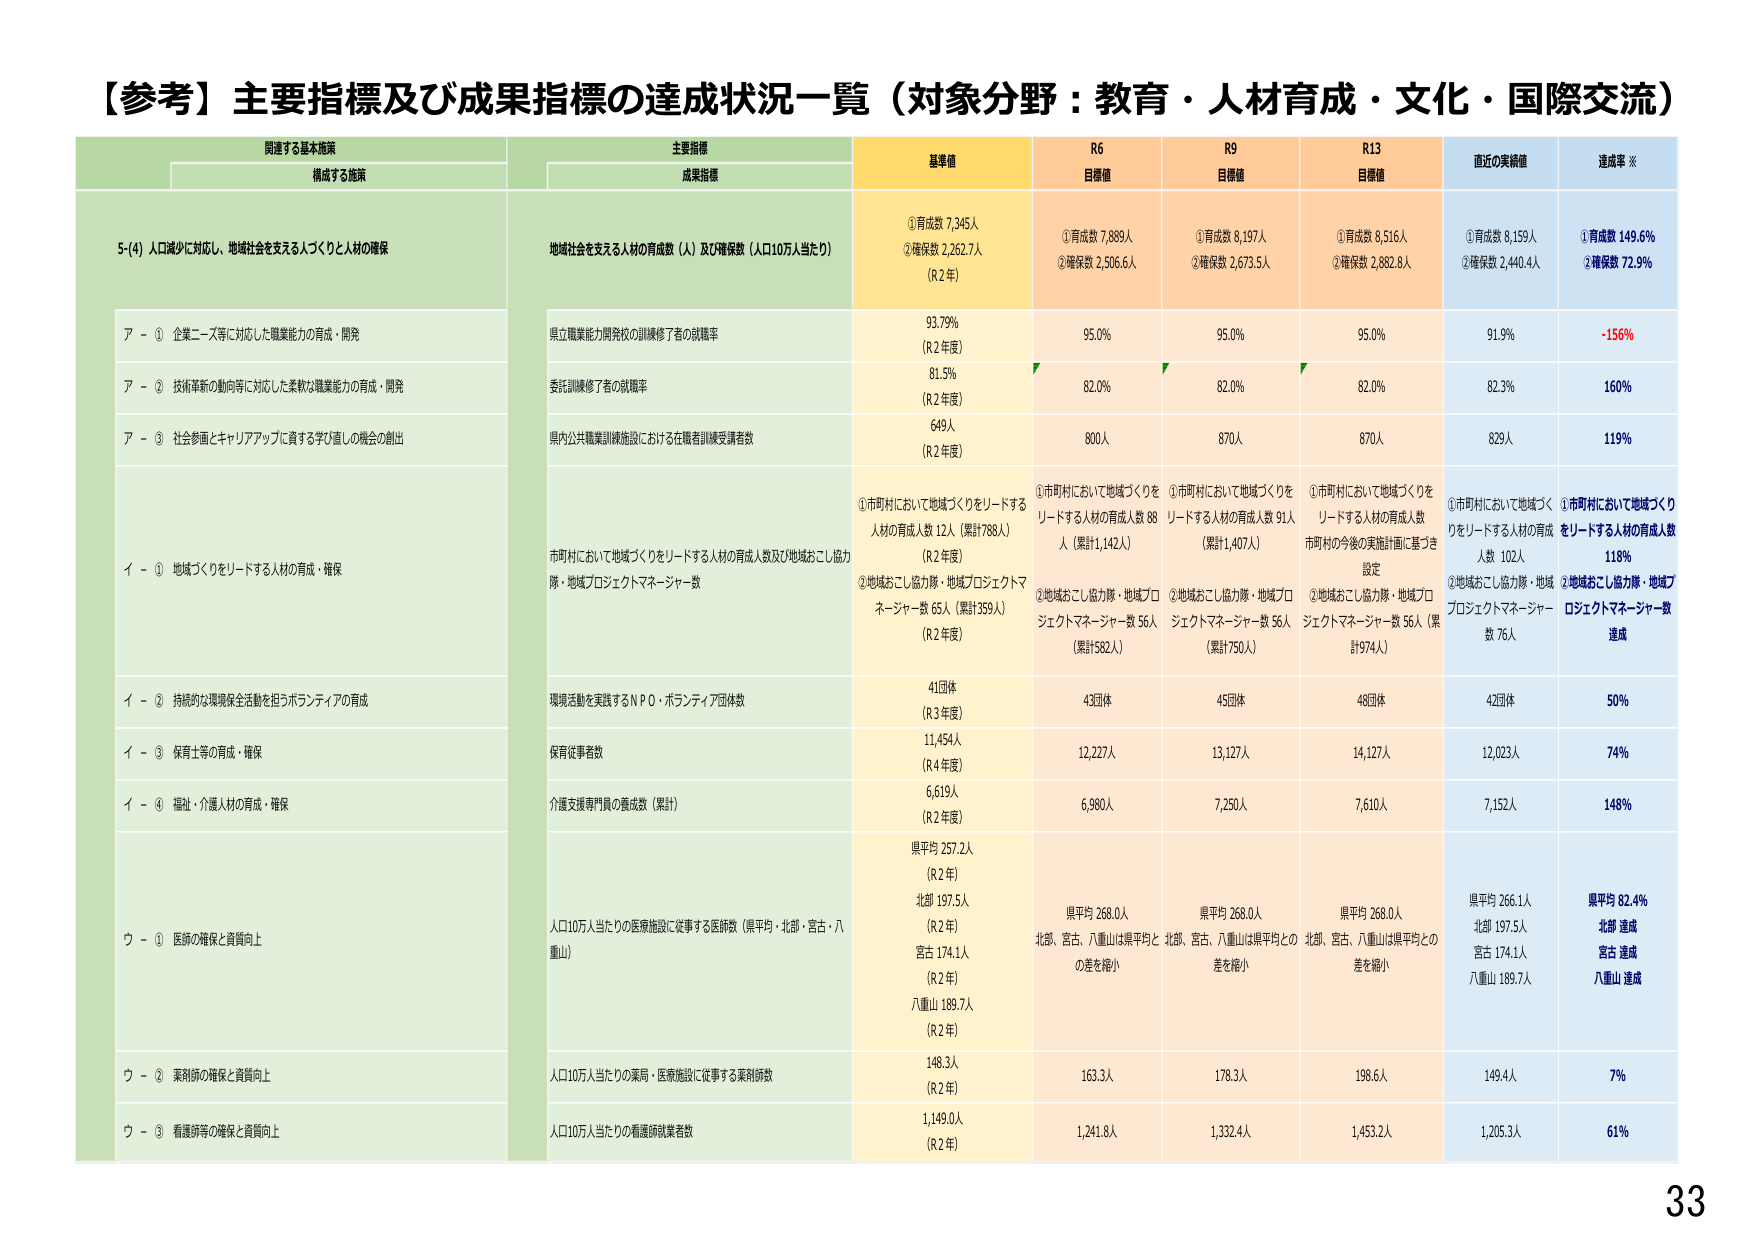
【参考】主要指標及び成果指標の達成状況一覧（対象分野：教育・人材育成・文化・国際交流）

関連する基本施策
構成する施策
主要指標
成果指標
基準値
R6
目標値
R9
目標値
R13
目標値
直近の実績値
達成率 ※

5-(4) 人口減少に対応し、地域社会を支える人づくりと人材の確保
地域社会を支える人材の育成数（人）及び確保数（人口10万人当たり）
①育成数 7,345人
②確保数 2,262.7人
（R2年）
①育成数 7,889人
②確保数 2,506.6人
①育成数 8,197人
②確保数 2,673.5人
①育成数 8,516人
②確保数 2,882.8人
①育成数 8,159人
②確保数 2,440.4人
①育成数 149.6%
②確保数 72.9%

ア - ① 企業ニーズ等に対応した職業能力の育成・開発
県立職業能力開発校の訓練修了者の就職率
93.79%
（R2年度）
95.0%
95.0%
95.0%
91.9%
-156%

ア - ② 技術革新の動向等に対応した柔軟な職業能力の育成・開発
委託訓練修了者の就職率
81.5%
（R2年度）
82.0%
82.0%
82.0%
82.3%
160%

ア - ③ 社会参画とキャリアアップに資する学び直しの機会の創出
県内公共職業訓練施設における在職者訓練受講者数
649人
（R2年度）
800人
870人
870人
829人
119%

イ - ① 地域づくりをリードする人材の育成・確保
市町村において地域づくりをリードする人材の育成人数及び地域おこし協力隊・地域プロジェクトマネージャー数
①市町村において地域づくりをリードする人材の育成人数 12人（累計788人）
（R2年度）
②地域おこし協力隊・地域プロジェクトマネージャー数 65人（累計359人）
（R2年度）
①市町村において地域づくりをリードする人材の育成人数 88人（累計1,142人）
②地域おこし協力隊・地域プロジェクトマネージャー数 56人（累計582人）
①市町村において地域づくりをリードする人材の育成人数 91人（累計1,407人）
②地域おこし協力隊・地域プロジェクトマネージャー数 56人（累計750人）
①市町村において地域づくりをリードする人材の育成人数
設定
②地域おこし協力隊・地域プロジェクトマネージャー数 56人（累計974人）
①市町村において地域づくりをリードする人材の育成人数 102人
②地域おこし協力隊・地域プロジェクトマネージャー数 76人
①市町村において地域づくりをリードする人材の育成人数 118%
②地域おこし協力隊・地域プロジェクトマネージャー数 達成

イ - ② 持続的な環境保全活動を担うボランティアの育成
環境活動を実践するＮＰＯ・ボランティア団体数
41団体
（R3年度）
43団体
45団体
48団体
42団体
50%

イ - ③ 保育士等の育成・確保
保育従事者数
11,454人
（R4年度）
12,227人
13,127人
14,127人
12,023人
74%

イ - ④ 福祉・介護人材の育成・確保
介護支援専門員の養成数（累計）
6,619人
（R2年度）
6,980人
7,250人
7,610人
7,152人
148%

ウ - ① 医師の確保と資質向上
人口10万人当たりの医療施設に従事する医師数（県平均・北部・宮古・八重山）
県平均 257.2人
（R2年）
北部 197.5人
（R2年）
宮古 174.1人
（R2年）
八重山 189.7人
（R2年）
県平均 268.0人
北部、宮古、八重山は県平均との差を縮小
県平均 268.0人
北部、宮古、八重山は県平均との差を縮小
県平均 268.0人
北部、宮古、八重山は県平均との差を縮小
県平均 266.1人
北部 197.5人
宮古 174.1人
八重山 189.7人
県平均 82.4%
北部 達成
宮古 達成
八重山 達成

ウ - ② 薬剤師の確保と資質向上
人口10万人当たりの薬局・医療施設に従事する薬剤師数
148.3人
（R2年）
163.3人
178.3人
198.6人
149.4人
7%

ウ - ③ 看護師等の確保と資質向上
人口10万人当たりの看護師就業者数
1,149.0人
（R2年）
1,241.8人
1,332.4人
1,453.2人
1,205.3人
61%

33